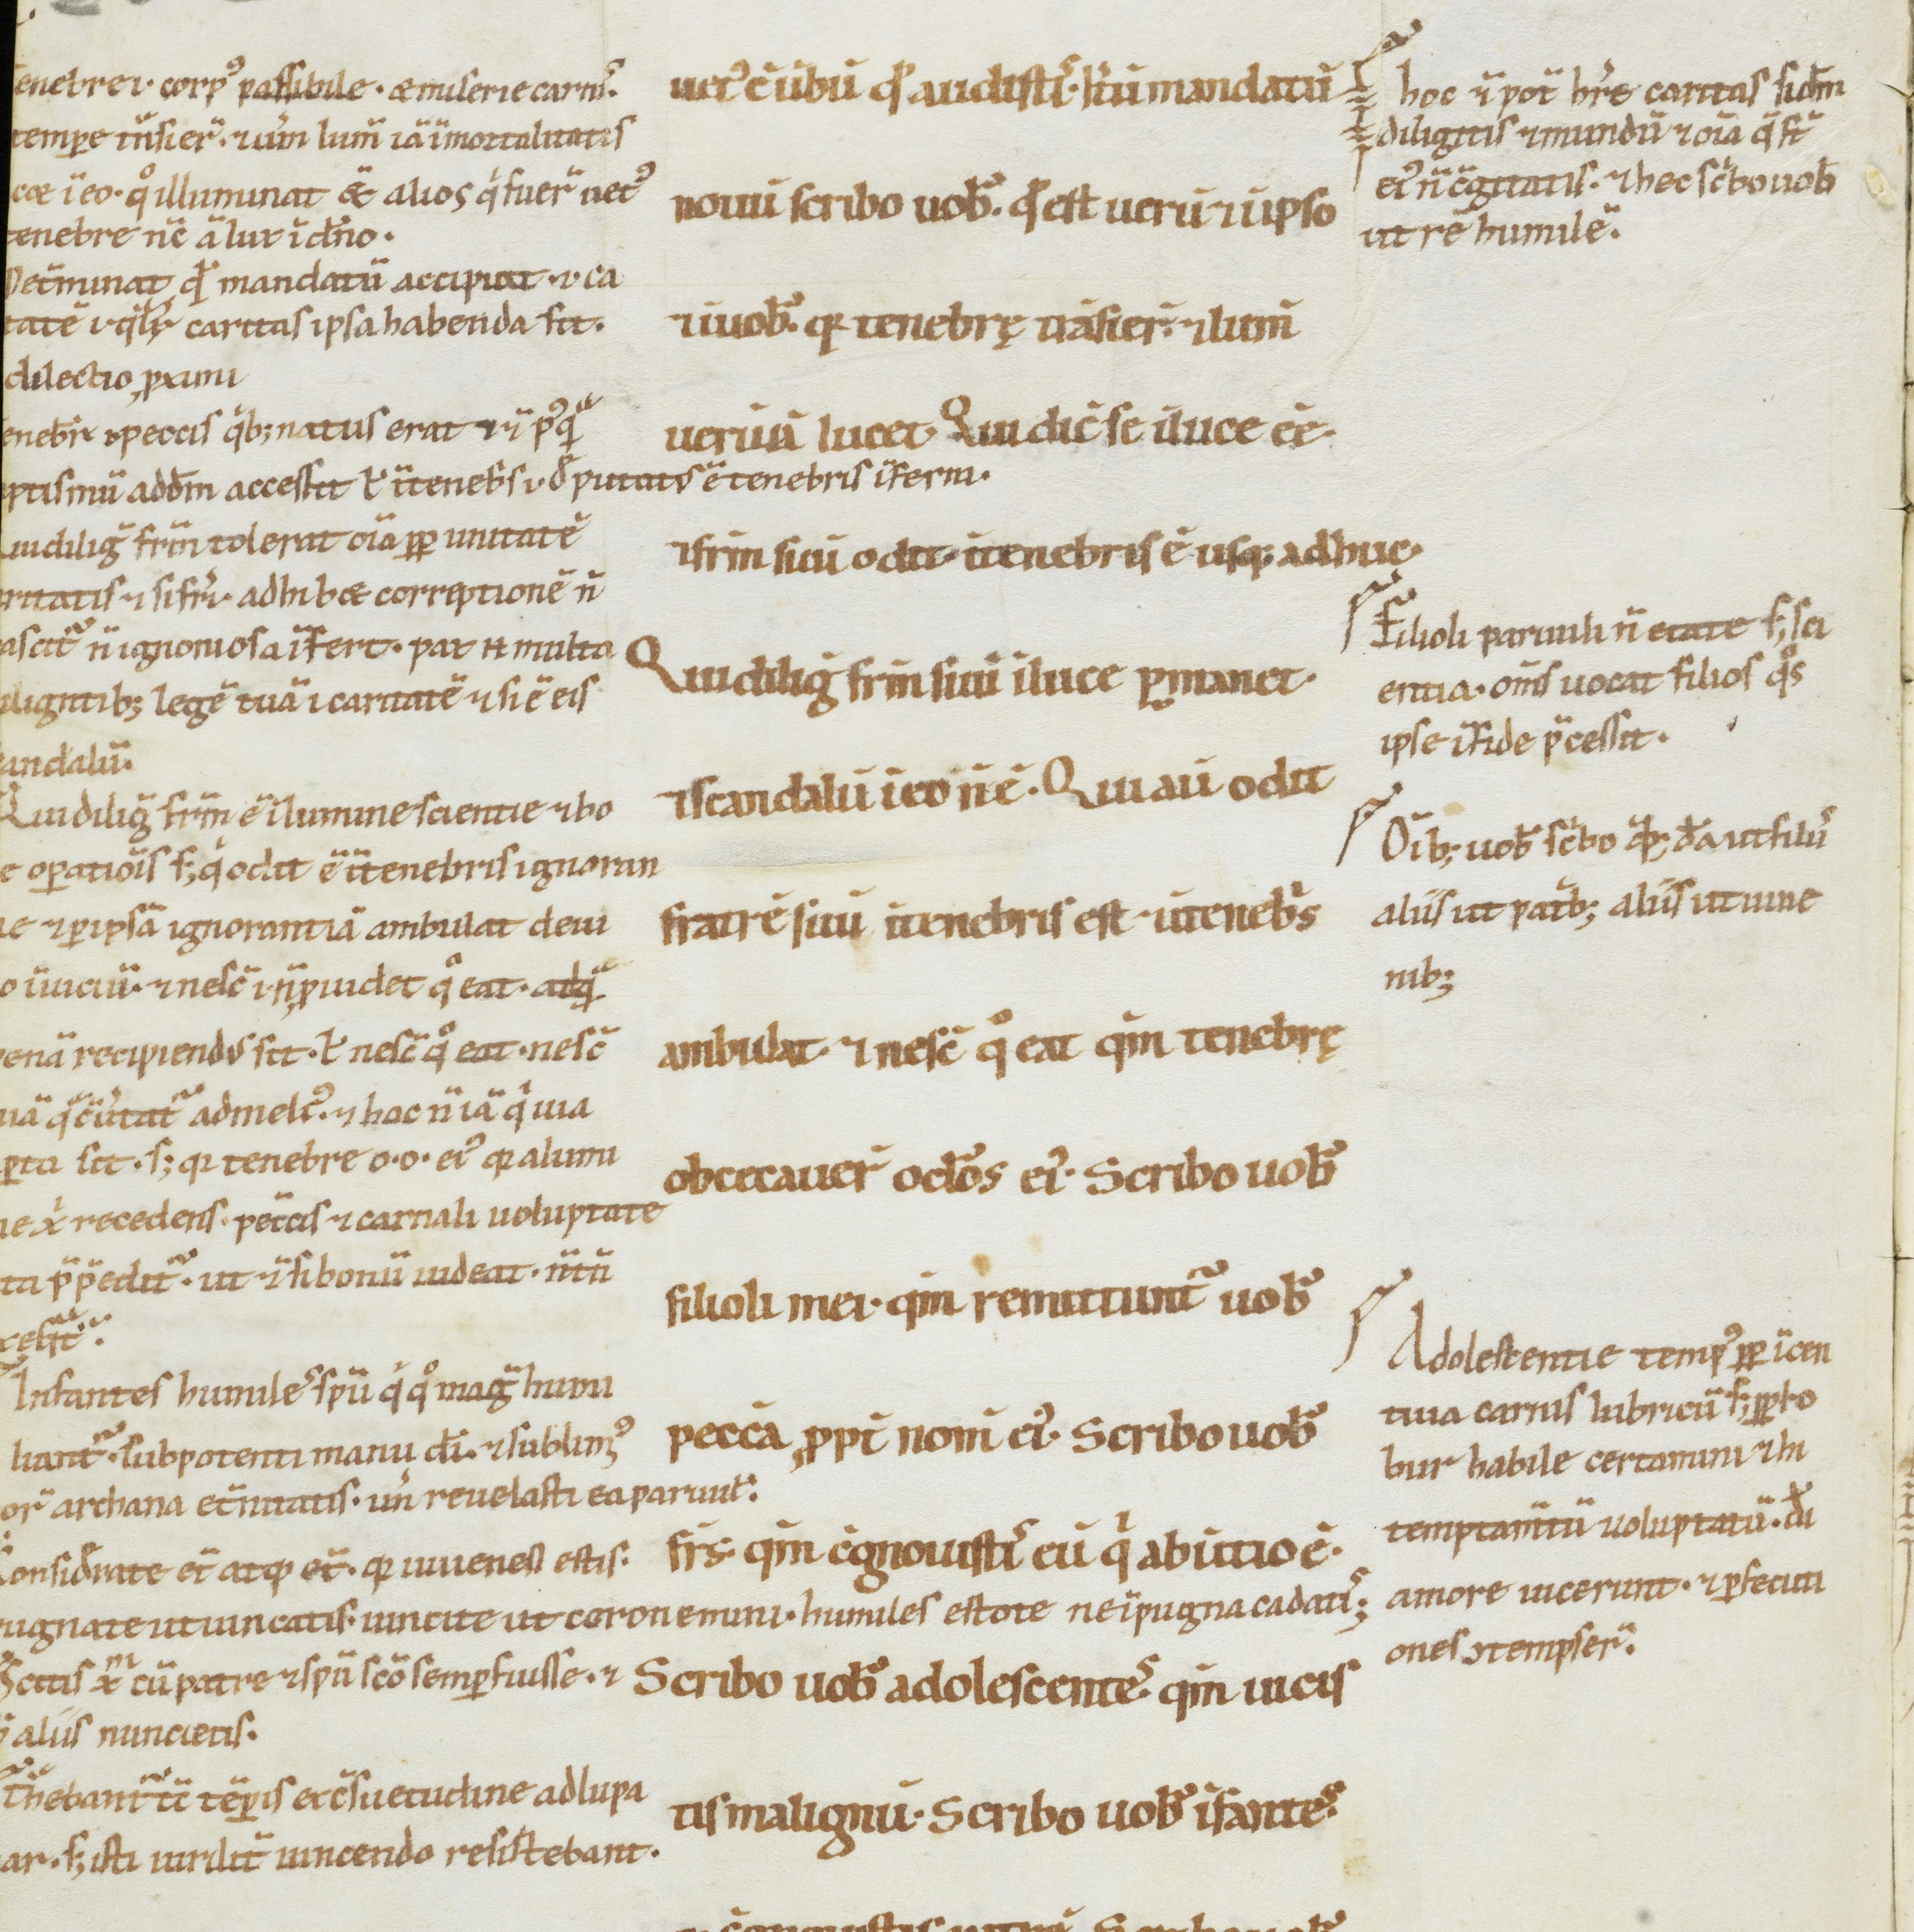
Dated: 900–1199